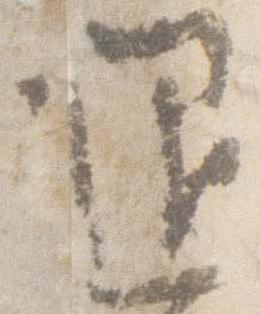
退